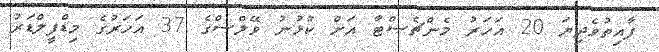
ފާއިތުވެދިޔަ 20 އަހަރު މެންޗެސްޓާ އަށް ކުޅުނު ވޭލްސްގެ 37 އަހަރުގެ މިޑްފީލްޑަރު